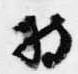
持